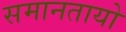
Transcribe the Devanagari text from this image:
समानतायो